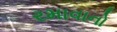
રમાવાનો